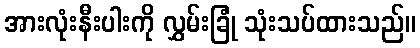
အားလုံးနီးပါးကို လွှမ်းခြုံ သုံးသပ်ထားသည်။